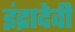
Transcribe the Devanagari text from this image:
इंद्रादेवी